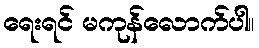
ရေးရင် မကုန်လောက်ပါ။